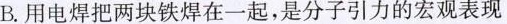
B.用电焊把两块铁焊在一起，是分子引力的宏观表现